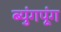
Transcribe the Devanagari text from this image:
ब्युंगपूंग